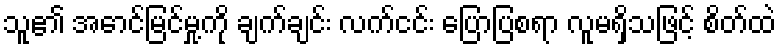
သူ၏ အောင်မြင်မှု့ကို ချက်ချင်း လက်ငင်း ပြောပြစရာ လူမရှိသဖြင့် စိတ်ထဲ